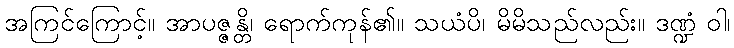
အကြင်ကြောင့်။ အာပဇ္ဇန္တိ၊ ရောက်ကုန်၏။ သယံပိ၊ မိမိသည်လည်း။ ဒဏ္ဍံ ဝါ၊